Note on the mental hospitals in Burma - 1925-1940
Year: 1925
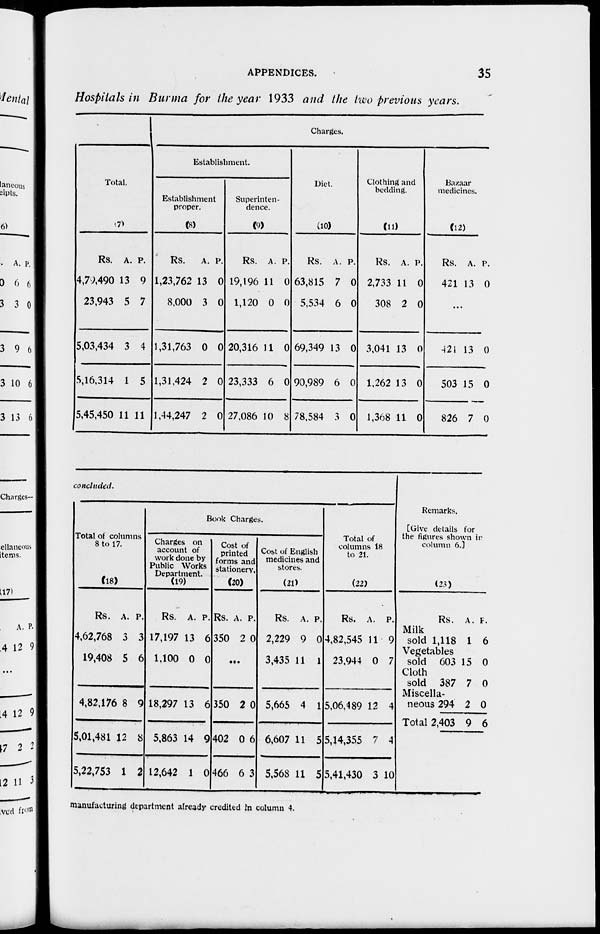
APPENDICES.
35
Hospitals in Burma for the year 1933 and the two previous years.
Total.
(7)
Rs.
4,79,490
23,943
5,03,434
5,16,314
5,45,450
A.
13
5
3
1
11
P.
9
7
4
5
11
Charges.
Establishment.
Establishment
proper.
(8)
Rs.
1,23,762
8,000
1,31,763
1,31,424
1,44,247
A.
13
3
0
2
2
P.
0
0
0
0
0
Superinten-
dence.
(9)
Rs.
19,196
1,120
20,316
23,333
27,086
A.
11
0
11
6
10
P.
0
0
0
0
8
Diet.
(10)
Rs.
63,815
5,534
69,349
90,989
78,584
A.
7
6
13
6
3
P.
0
0
0
0
0
Clothing and
bedding.
(11)
Rs.
2,733
308
3,041
1,262
1,368
A.
11
2
13
13
11
P.
0
0
0
0
0
Bazaar
medicines.
(12)
Rs.
421
A.
13
P.
0
...
421
503
826
13
15
7
0
0
0
concluded.
Total of columns
8 to 17.
(18)
Rs.
4,62,768
19,408
4,82,176
5,01,481
5,22,753
A.
3
5
8
12
1
P.
3
6
9
8
2
Book Charges.
Charges on
account of
work done by
Public Works
Department.
(19)
Rs.
17,197
1,100
18,297
5,863
12,642
A.
13
0
13
14
1
P.
6
0
6
9
0
Cost of
printed
forms and
stationery,
(20)
Rs.
350
A.
2
P.
0
...
350
402
466
2
0
6
0
6
3
Cost of English
medicines and
stores.
(21)
Rs.
2,229
3,435
5,665
6,607
5,568
A.
9
11
4
11
11
P.
0
1
1
5
5
Total of
columns 18
to 21.
(22)
Rs.
4,82,545
23,944
5,06,489
5,14,355
5,41,430
A.
11
0
12
7
3
P.
9
7
4
4
10
Remarks.
[Give details for
the figures shown in
column 6.]
(23)
Rs.
Milk
sold 1,118
Vegetables
sold 603
Cloth
sold 387
Miscella-
neous 294
Total 2,403
A.
1
15
7
2
9
P.
6
0
0
0
6
manufacturing department already credited in column 4.